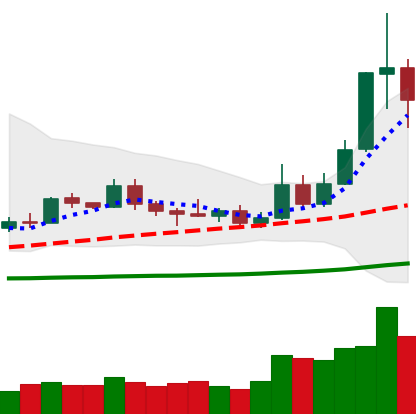
Ticker: ETC-USD
Chart end date: 2019-05-17
Forward return: -3.63%
Label: down_3_5